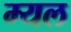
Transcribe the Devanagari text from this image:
म्यल